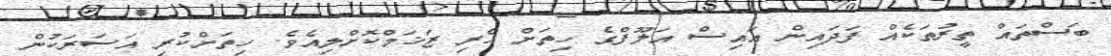
ބަސްތައް ތީރުތަކެއް ފަދައިން އައިސް އަލޫފްގެ ހިތަށް ހެރި ޒަޚަމްކޮށްލިއެވެ. ހިތަށްކުރި އަސަރަކުން